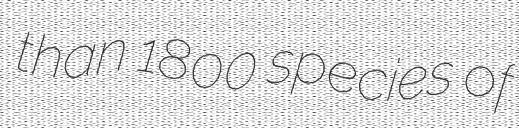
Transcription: than 1800 species of